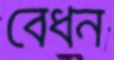
বেধন